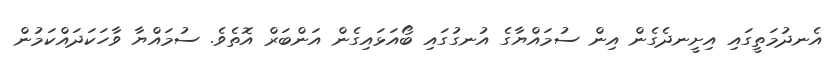
އެނދުމަތީގައި އިށީނދެގެން އިން ސުމައްޔާގެ އުނގުގައި ބޯއަޅައިގެން އަންބަރް އޮތެވެ. ސުމައްޔާ ވާހަކަދައްކަމުން